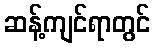
ဆန့်ကျင်ရာတွင်